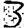
Digit: 3